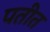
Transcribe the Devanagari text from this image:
पतीत